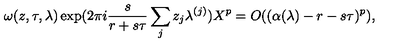
\omega ( z , \tau , \lambda ) \exp ( 2 \pi i \frac s { r + s \tau } \sum _ { j } z _ { j } \lambda ^ { ( j ) } ) X ^ { p } = O ( ( \alpha ( \lambda ) - r - s \tau ) ^ { p } ) ,